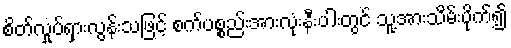
စိတ်လှုပ်ရှားလွန်းသဖြင့် စက်ပစ္စည်းအားလုံးနီးပါးတွင် သူ့အားသိမ်းပိုက်၍